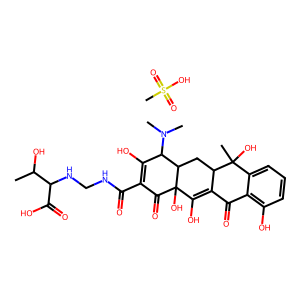
SMILES: CC(O)C(NCNC(=O)C1=C(O)C(N(C)C)C2CC3C(=C(O)C2(O)C1=O)C(=O)c1c(O)cccc1C3(C)O)C(=O)O.CS(=O)(=O)O
Inhibits HIV replication: No